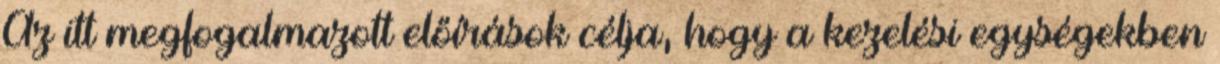
Az itt megfogalmazott előírások célja, hogy a kezelési egységekben